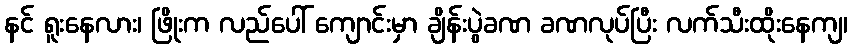
နင် ရူးနေလား၊ ဖြိုးက လည်ပေါ် ကျောင်းမှာ ချိန်းပွဲခဏ ခဏလုပ်ပြီး လက်သီးထိုးနေကျ၊